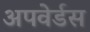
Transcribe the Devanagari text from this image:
अपवेर्डस